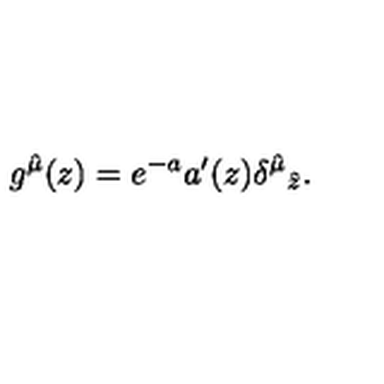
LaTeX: g ^ { \hat { \mu } } ( z ) = e ^ { - a } a ^ { \prime } ( z ) { \delta ^ { \hat { \mu } } } _ { \hat { z } } .